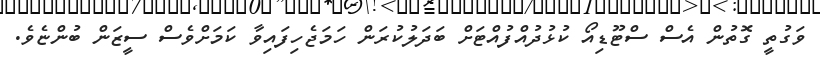
ވަގުތީ ގޮތުން އެސް ސްޓޫޑިއޯ ކުޅުދުއްފުއްޓަށް ބަދަލުކުރަން ހަމަޖެހިފައިވާ ކަމަށްވެސް ސީޒަން ބުންޏެވެ.